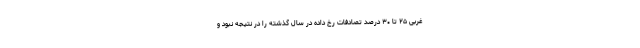
غربی ۲۵ تا ۳۰ درصد تصادفات رخ داده در سال گذشته را در نتیجه نبود و